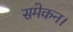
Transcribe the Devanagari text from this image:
समेकन।